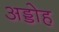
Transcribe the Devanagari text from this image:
अड्डोह